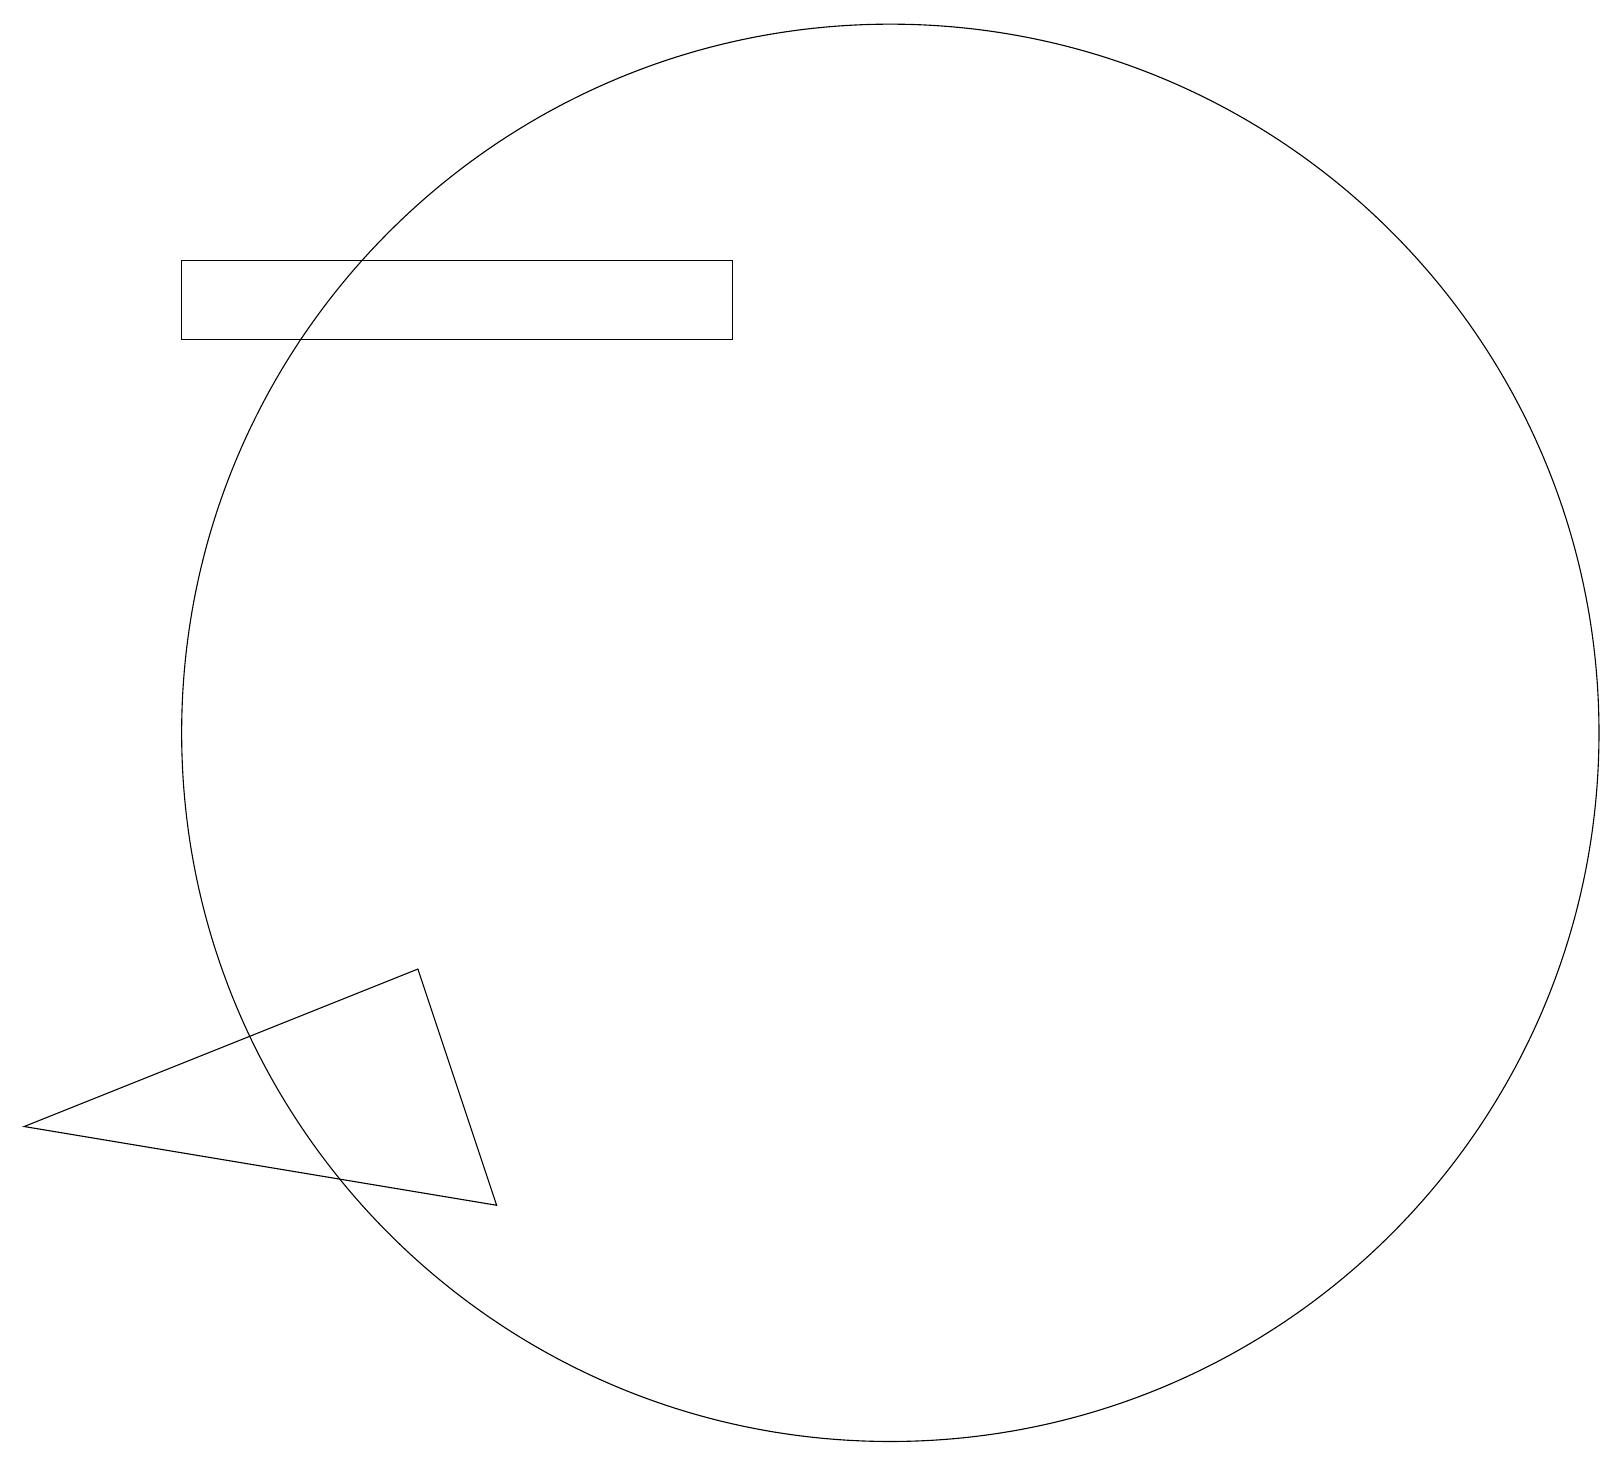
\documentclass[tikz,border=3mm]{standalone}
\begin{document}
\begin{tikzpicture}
\draw (9,15) rectangle (2,16);
\draw (11,10) circle (9);
\draw (5,7) -- (0,5) -- (6,4) -- cycle;
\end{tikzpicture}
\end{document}